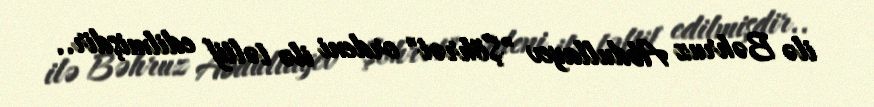
ilə Bəhruz Abdullayev "Şöhrət" ordeni ilə təltif edilmişdir..